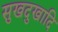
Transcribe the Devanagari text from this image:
सुखदुखादि